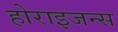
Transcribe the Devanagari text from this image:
होराइजन्स